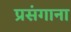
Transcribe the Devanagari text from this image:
प्रसंगाना